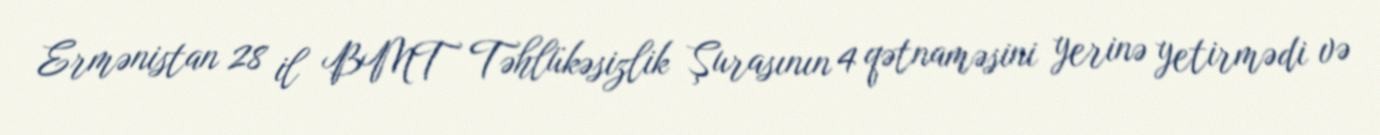
Ermənistan 28 il BMT Təhlükəsizlik Şurasının 4 qətnaməsini yerinə yetirmədi və